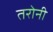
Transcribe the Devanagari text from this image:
तरोनी